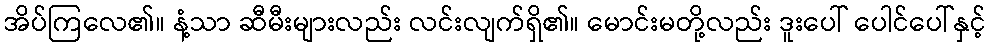
အိပ်ကြလေ၏။ နံ့သာ ဆီမီးများလည်း လင်းလျက်ရှိ၏။ မောင်းမတို့လည်း ဒူးပေါ် ပေါင်ပေါ်နှင့်